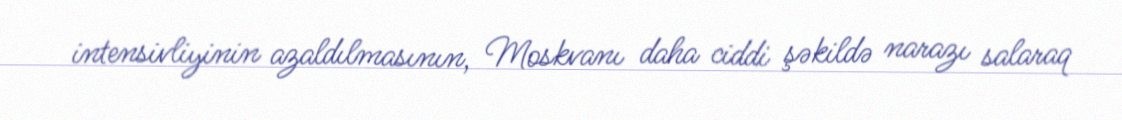
intensivliyinin azaldılmasının, Moskvanı daha ciddi şəkildə narazı salaraq